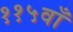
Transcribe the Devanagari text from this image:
११५वाँ